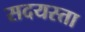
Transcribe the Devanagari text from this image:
सदयस्ता